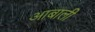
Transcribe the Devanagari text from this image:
आबाली